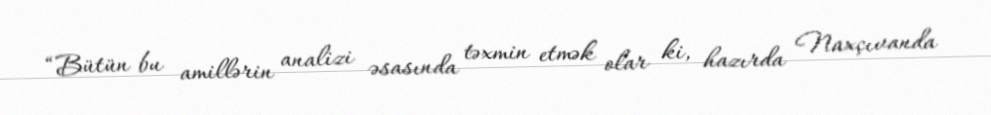
“Bütün bu amillərin analizi əsasında təxmin etmək olar ki, hazırda Naxçıvanda